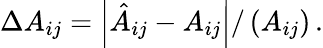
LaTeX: \Delta A_{ij}=\left|\hat{A}_{ij}-A_{ij}\right|/\left(A_{ij}\right)\, .